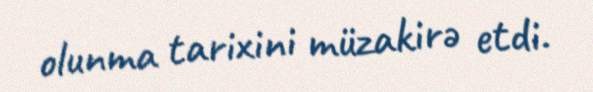
olunma tarixini müzakirə etdi.